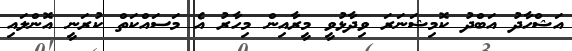
އަޝްހާދު އަބްދު ކޮމިޝަނަރަ ވިދާޅުވީ މީރާއިން މިހާރު އެ މަސައްކަތް ކުރަނީ އޮންލައި